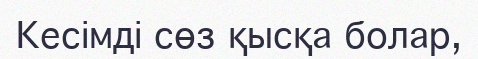
Кесімді сөз қысқа болар,